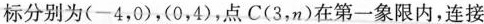
标分别为(-4，0)，(0，4)，点C(3，n)在第一象限内，连接